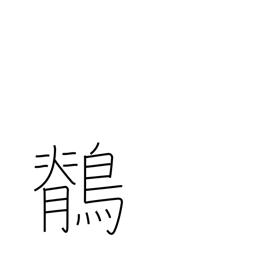
Meaning: wagtail